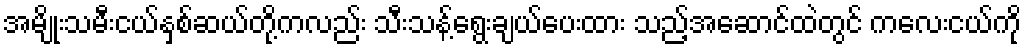
အမျိုးသမီးငယ်နှစ်ဆယ်တို့ကလည်း သီးသန့်ရွေးချယ်ပေးထား သည့်အဆောင်ထဲတွင် ကလေးငယ်ကို